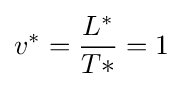
v^{*}={\frac {L^{*}}{T{*}}}=1